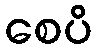
စေပိ